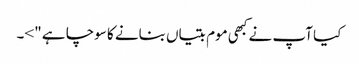
کیا آپ نے کبھی موم بتیاں بنانے کا سوچا ہے ">۔